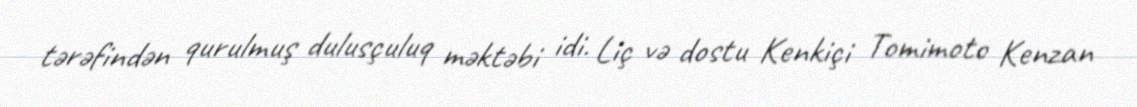
tərəfindən qurulmuş dulusçuluq məktəbi idi. Liç və dostu Kenkiçi Tomimoto Kenzan